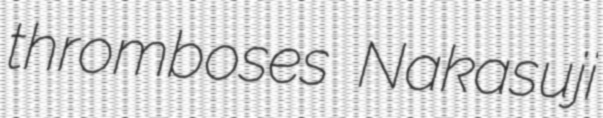
thromboses Nakasuji